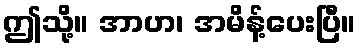
ဤသို့။ အာဟ၊ အမိန့်ပေးပြီ။